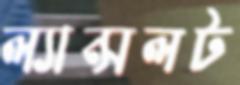
ল্যান্সলট